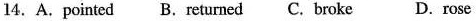
14.A.Pointed B.Returned C.Broke D.Rose